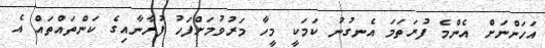
އަހަންނަށް އެންމެ ފުރަތަމަ އެނގުނު ކަމަކީ މީހާ މަރުވުމަށްފަހު ފުރާނާއިގެ ކަންތައްތައް އެ